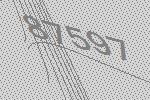
87597